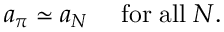
a _ { \pi } \simeq a _ { N } \quad \mathrm { \; f o r \; a l l \; } N .